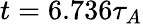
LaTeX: t=6.736\tau_{A}